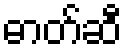
ဓာတ်ဆီ